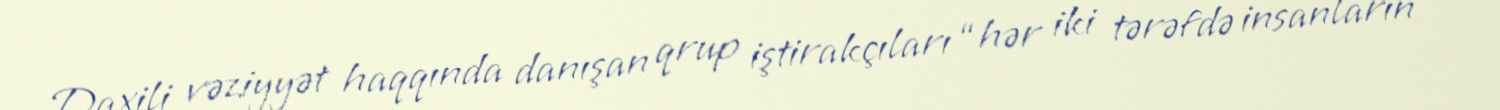
Daxili vəziyyət haqqında danışan qrup iştirakçıları “hər iki tərəfdə insanların